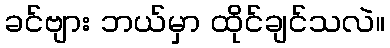
ခင်ဗျား ဘယ်မှာ ထိုင်ချင်သလဲ။